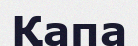
Қапа